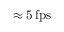
\approx 5 \, \mathrm { f p s }